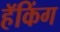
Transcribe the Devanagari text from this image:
हॅकिंग